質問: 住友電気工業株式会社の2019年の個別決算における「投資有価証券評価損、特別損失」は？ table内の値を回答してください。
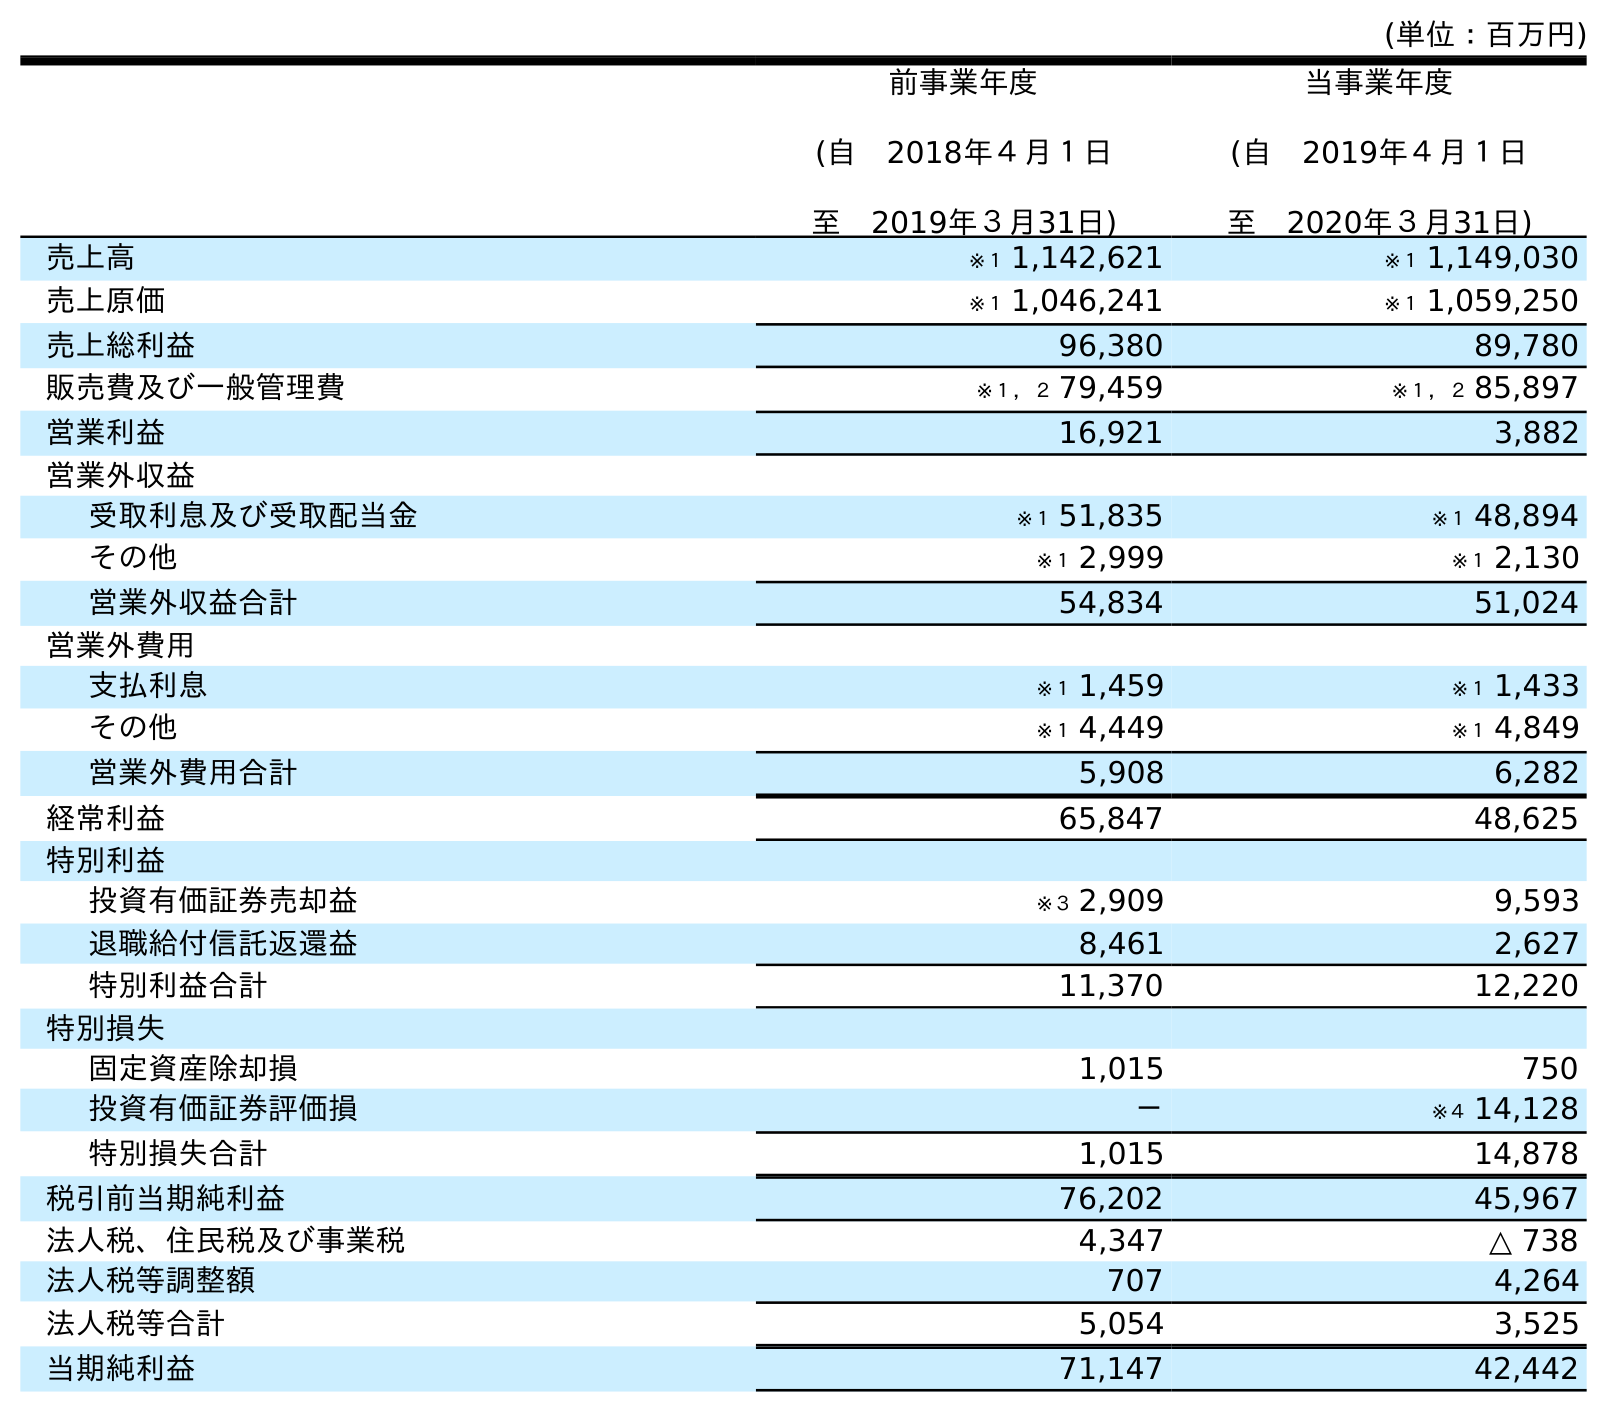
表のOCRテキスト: (単位：百万円) 前事業年度 (自 2018年４月１日 至 2019年３月31日) 当事業年度 (自 2019年４月１日 至 2020年３月31日) 売上高 ※１ 1,142,621 ※１ 1,149,030 売上原価 ※１ 1,046,241 ※１ 1,059,250 売上総利益 96,380 89,780 販売費及び一般管理費 ※１，２ 79,459 ※１，２ 85,897 営業利益 16,921 3,882 営業外収益 受取利息及び受取配当金 ※１ 51,835 ※１ 48,894 その他 ※１ 2,999 ※１ 2,130 営業外収益合計 54,834 51,024 営業外費用 支払利息 ※１ 1,459 ※１ 1,433 その他 ※１ 4,449 ※１ 4,849 営業外費用合計 5,908 6,282 経常利益 65,847 48,625 特別利益 投資有価証券売却益 ※３ 2,909 9,593 退職給付信託返還益 8,461 2,627 特別利益合計 11,370 12,220 特別損失 固定資産除却損 1,015 750 投資有価証券評価損 － ※４ 14,128 特別損失合計 1,015 14,878 税引前当期純利益 76,202 45,967 法人税、住民税及び事業税 4,347 △ 738 法人税等調整額 707 4,264 法人税等合計 5,054 3,525 当期純利益 71,147 42,442
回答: －